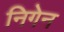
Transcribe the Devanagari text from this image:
निगेन